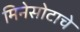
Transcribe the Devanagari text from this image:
मिनेसोटाचे